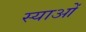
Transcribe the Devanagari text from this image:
स्याओं